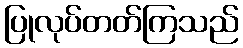
ပြုလုပ်တတ်ကြသည်